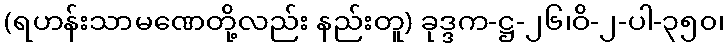
(ရဟန်းသာမဏေတို့လည်း နည်းတူ) ခုဒ္ဒက-ဋ္ဌ-၂၆၊ဝိ-၂-ပါ-၃၅၀၊